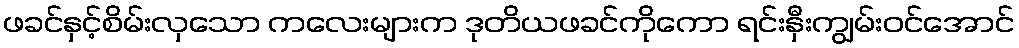
ဖခင်နှင့်စိမ်းလှသော ကလေးများက ဒုတိယဖခင်ကိုကော ရင်းနှီးကျွမ်းဝင်အောင်